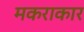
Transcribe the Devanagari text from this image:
मकराकार